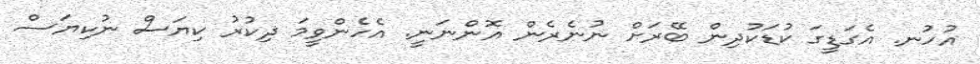
އުހުނ. އެގަޑީގަ ކުޑަކުދިން ބޭރަށް ނުނެރެން އޮންނަނީ. އެހެންވީމަ ޛިކުރު ކިޔަސް ނުކިޔަސް